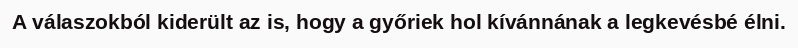
A válaszokból kiderült az is, hogy a győriek hol kívánnának a legkevésbé élni.